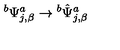
{ } ^ { b } \Psi _ { j , \beta } ^ { a } \rightarrow { } ^ { b } { \hat { \Psi } } _ { j , \beta } ^ { a }